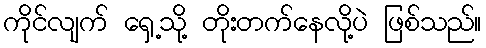
ကိုင်လျက် ရှေ့သို့ တိုးတက်နေလို့ပဲ ဖြစ်သည်။